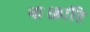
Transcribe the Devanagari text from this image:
था।क्रांति